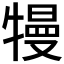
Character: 𤛔